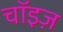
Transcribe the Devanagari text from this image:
चॉइज़